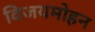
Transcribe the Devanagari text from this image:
विजयमोहन